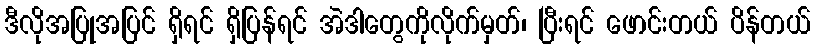
ဒီလိုအပြုအပြင် ရှိရင် ရှိပြန်ရင် အဲဒါတွေကိုလိုက်မှတ်၊ ပြီးရင် ဖောင်းတယ် ပိန်တယ်